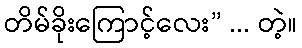
တိမ်ခိုးကြောင့်လေး” ... တဲ့။